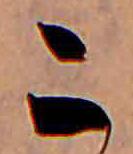
こ